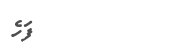
ފަހެ